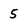
Character: 5